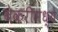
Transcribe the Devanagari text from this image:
बेकरीमध्ये